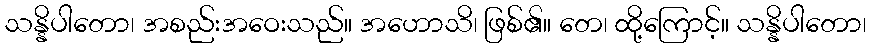
သန္နိပါတော၊ အစည်းအဝေးသည်။ အဟောသိ၊ ဖြစ်၏။ တေ၊ ထို့ကြောင့်။ သန္နိပါတော၊